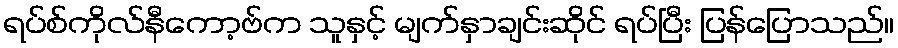
ရပ်စ်ကိုလ်နီကော့ဗ်က သူနှင့် မျက်နှာချင်းဆိုင် ရပ်ပြီး ပြန်ပြောသည်။